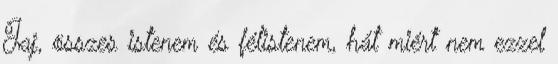
Jaj, összes istenem és félistenem, hát miért nem ezzel